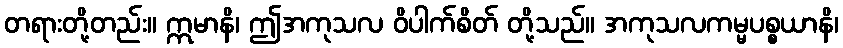
တရားတို့တည်း။ ဣမာနိ၊ ဤအကုသလ ဝိပါက်စိတ် တို့သည်။ အကုသလကမ္မပစ္စယာနိ၊